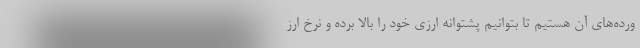
ورده‌های آن هستیم تا بتوانیم پشتوانه ارزی خود را بالا برده و نرخ ارز